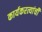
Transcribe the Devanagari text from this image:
कार्यकरत्यांची